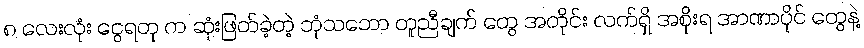
၈ လေးလုံး ငွေရတု က ဆုံးဖြတ်ခဲ့တဲ့ ဘုံသဘော တူညီချက် တွေ အတိုင်း လက်ရှိ အစိုးရ အာဏာပိုင် တွေနဲ့